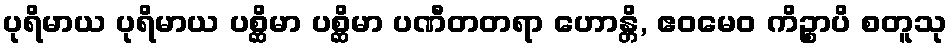
ပုရိမာယ ပုရိမာယ ပစ္ဆိမာ ပစ္ဆိမာ ပဏီတတရာ ဟောန္တိ, ဧဝမေဝ ကိဉ္စာပိ စတူသု